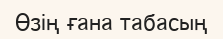
Өзің ғана табасың